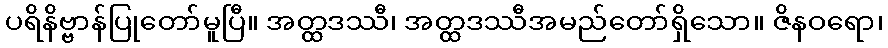
ပရိနိဗ္ဗာန်ပြုတော်မူပြီ။ အတ္ထဒဿီ၊ အတ္ထဒဿီအမည်တော်ရှိသော။ ဇိနဝရော၊